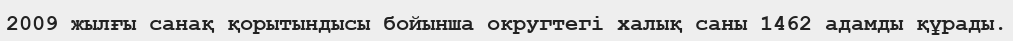
2009 жылғы санақ қорытындысы бойынша округтегі халық саны 1462 адамды құрады.